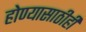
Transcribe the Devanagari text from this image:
होण्यासाठीही